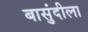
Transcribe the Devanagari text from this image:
बासुंदीला